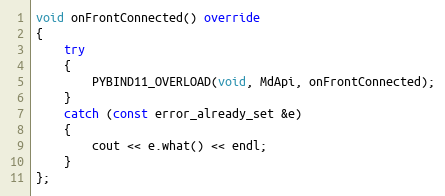
Language: C++
void onFrontConnected() override
{
	try
	{
		PYBIND11_OVERLOAD(void, MdApi, onFrontConnected);
	}
	catch (const error_already_set &e)
	{
		cout << e.what() << endl;
	}
};